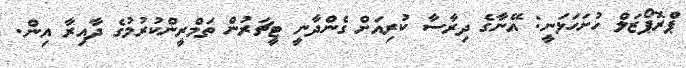
ޕްރޮޕޯޒަލް ހުށަހަޅަނީ: އޭނާގެ ދިރާސާ ކުރިއަށް ގެންދާނީ ޓީޗަރުން ތަމްރީންކުރުމުގެ ދާއިރާ އިން.